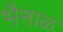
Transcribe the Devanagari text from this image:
भैनाळ